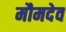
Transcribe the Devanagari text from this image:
मौमदेव